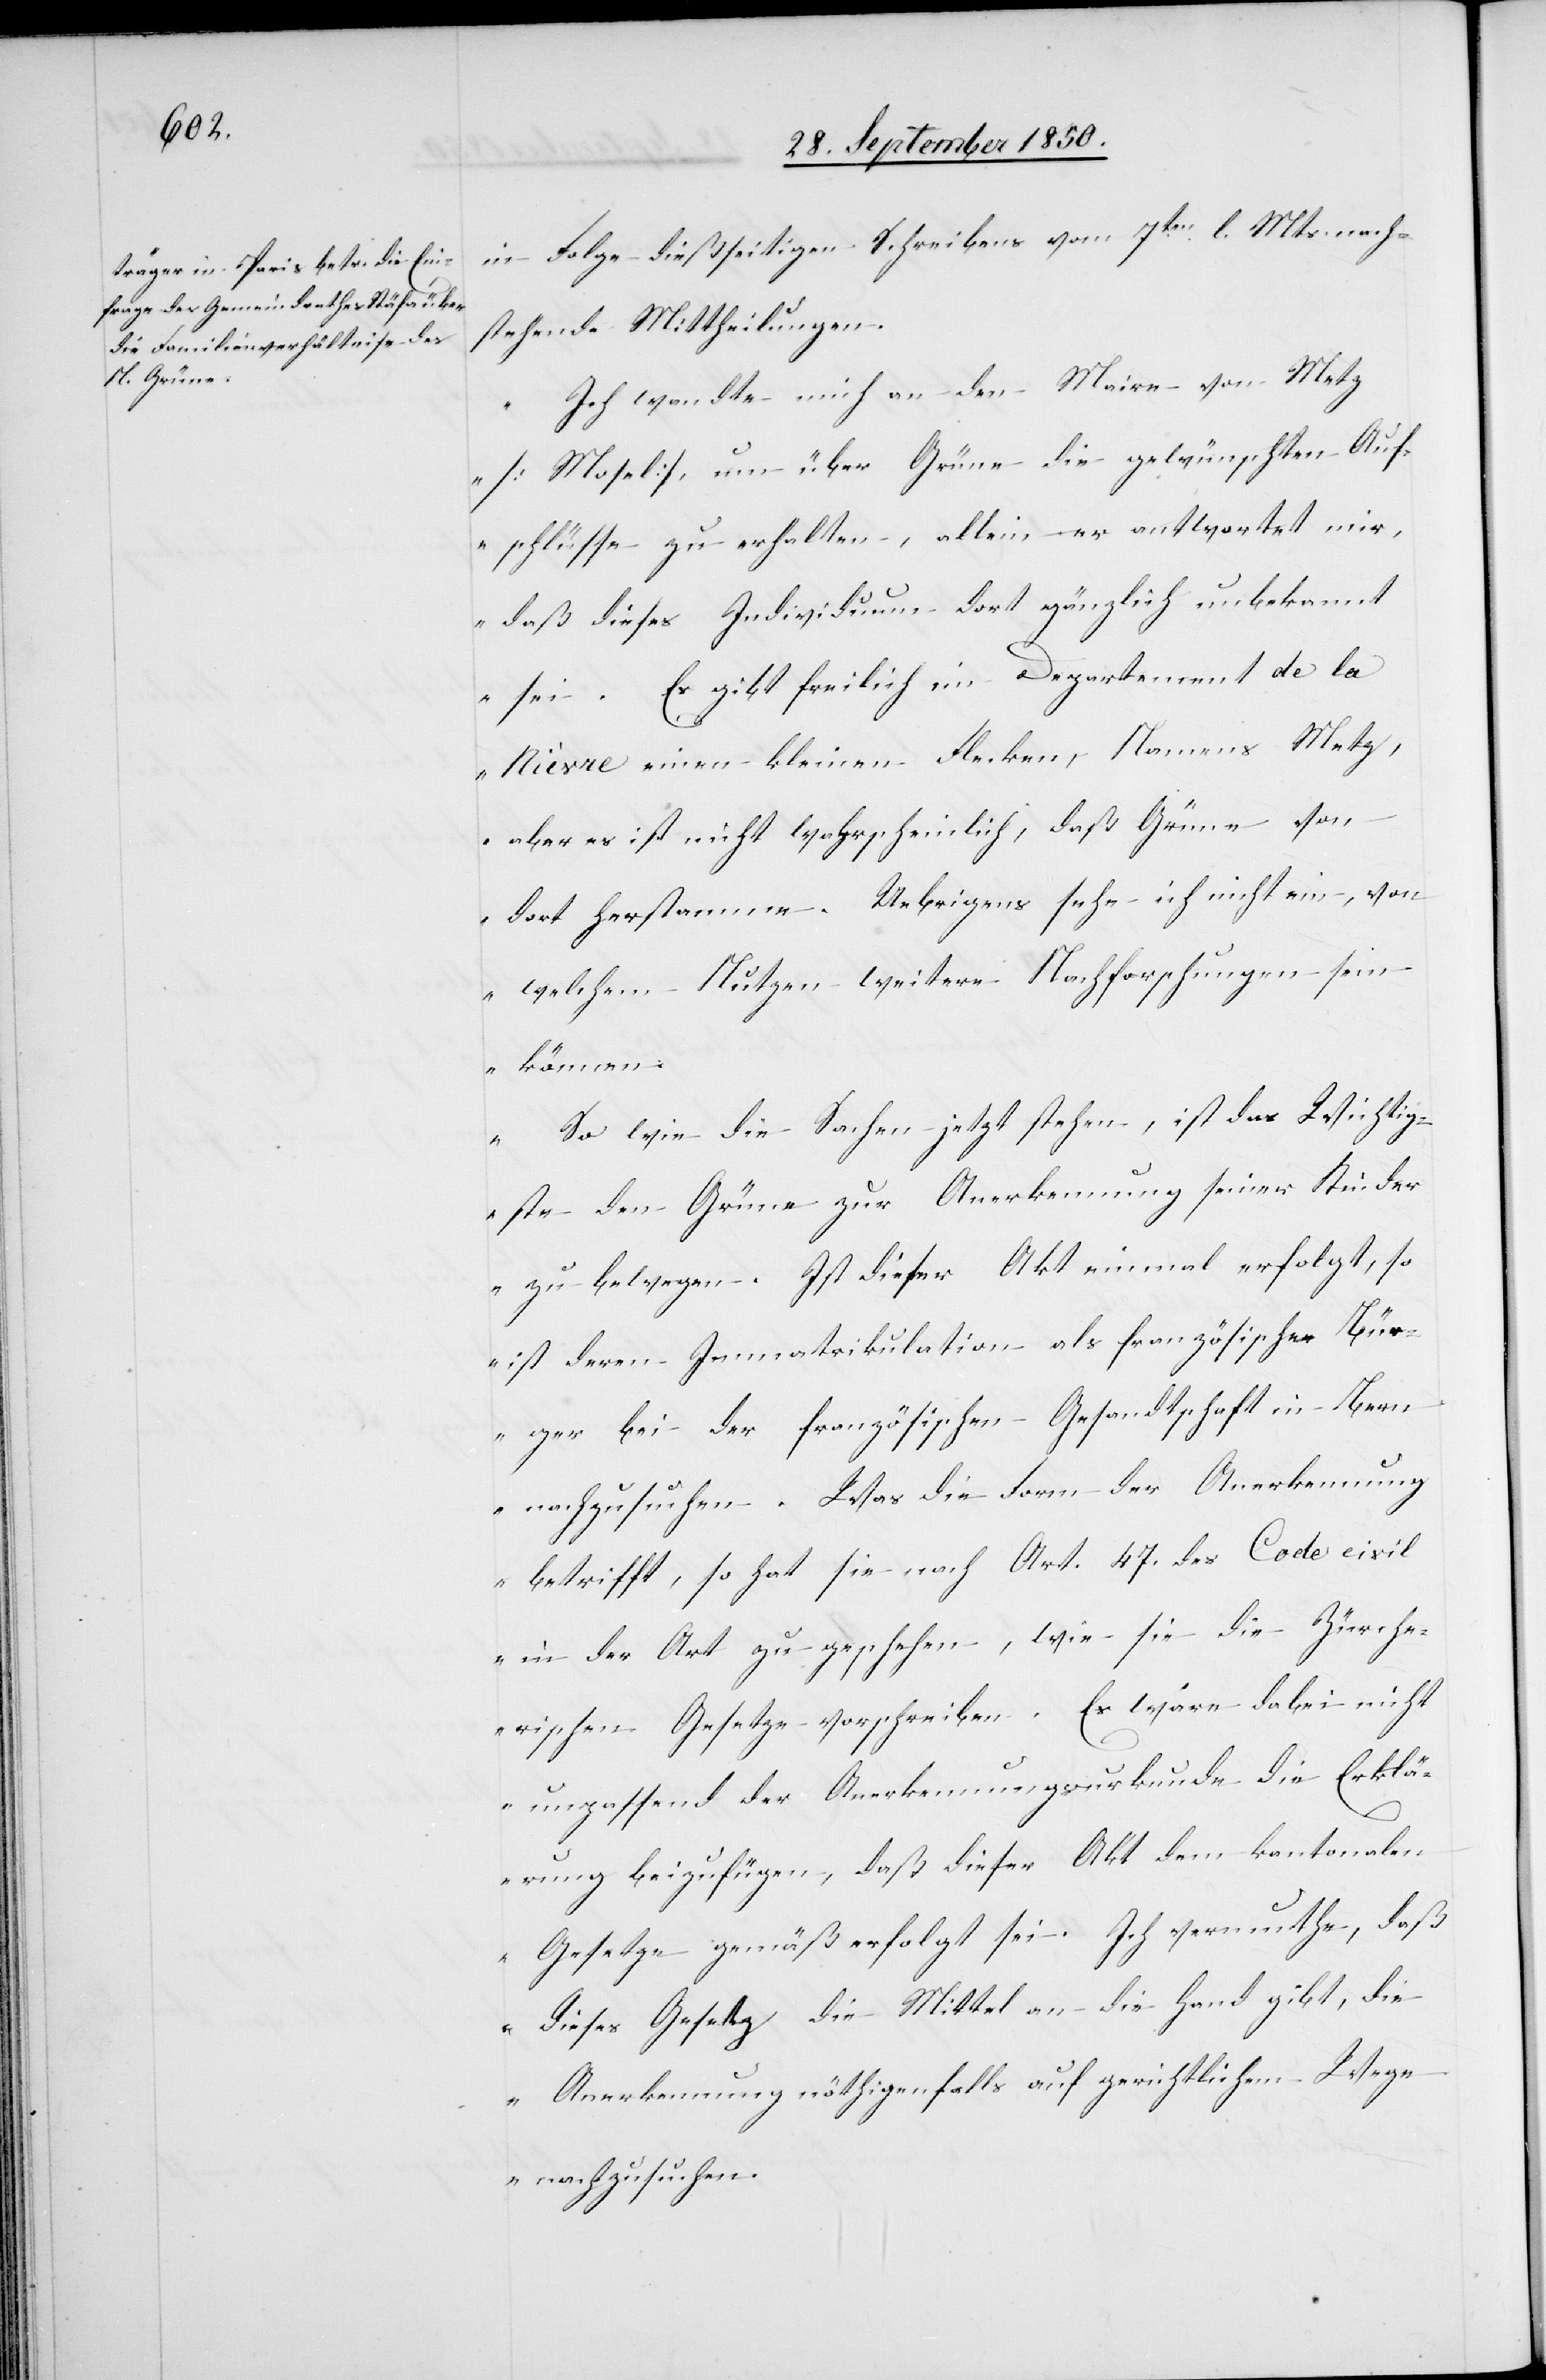
in Folge dießseitigen Schreibens vom 7ten l. Mts. nach¬
stehende Mittheilungen.
„Ich wandte mich an den Maire von Metz
[Mosel], um über Grüne die gewünschten Auf¬
schlüsse zu erhalten, allein er antwortet mir,
daß dieses Individuum dort gänzlich unbekannt
sei. Es gibt freilich im Departement de la
Nièvre einen kleinen Flecken, Namens Metz,
aber es ist nicht wahrscheinlich, daß Grüne von
dort herstamme. Uebrigens sehe ich nicht ein, von
welchem Nutzen weitere Nachforschungen sein
können.
So wie die Sachen jetzt stehen, ist das Wichtig¬
ste den Grüne zur Anerkennung seiner Kinder
zu bewegen. Ist dieser Akt einmal erfolgt, so
ist deren Immatrikulation als französische Bür¬
ger bei der französischen Gesandtschaft in Bern
nachzusuchen. Was die Form der Anerkennung
betrifft, so hat sie nach Art. 47. des Code civil
in der Art zu geschehen, wie sie die Zürche¬
rischen Gesetze vorschreiben. Es wäre dabei nicht
unpassend der Anerkennungsurkunde die Erklä¬
rung beizufügen, daß dieser Akt dem kantonalen
Gesetze gemäß erfolgt sei. Ich vermuthe, daß
dieses Gesetz die Mittel an die Hand gibt, die
Anerkennung nöthigenfalls auf gerichtlichem Wege
nachzusuchen.